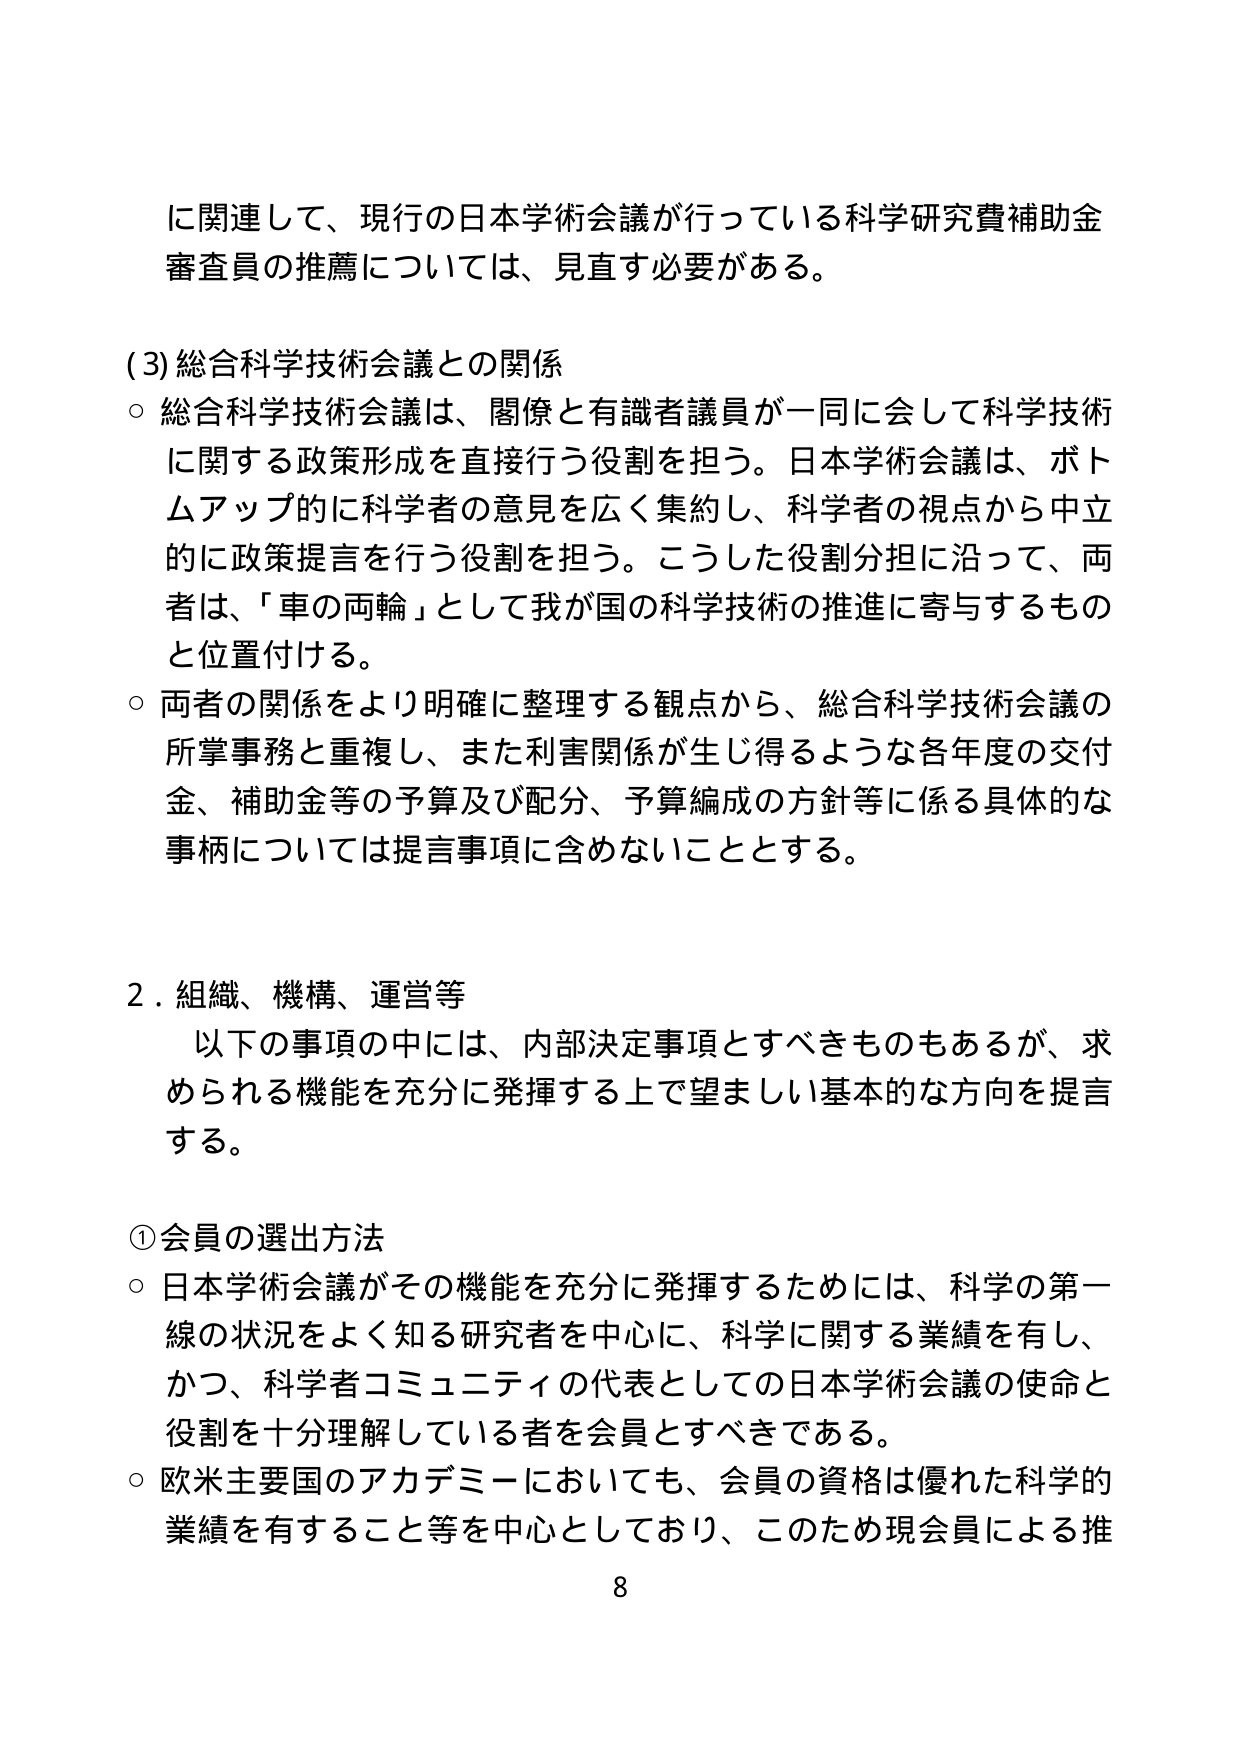
に関連して、現行の日本学術会議が行っている科学研究費補助金
審査員の推薦については、見直す必要がある。

(3) 総合科学技術会議との関係
○ 総合科学技術会議は、閣僚と有識者議員が一同に会して科学技術
に関する政策形成を直接行う役割を担う。日本学術会議は、ボト
ムアップ的に科学者の意見を広く集約し、科学者の視点から中立
的に政策提言を行う役割を担う。こうした役割分担に沿って、両
者は、「車の両輪」として我が国の科学技術の推進に寄与するもの
と位置付ける。
○ 両者の関係をより明確に整理する観点から、総合科学技術会議の
所掌事務と重複し、また利害関係が生じ得るような各年度の交付
金、補助金等の予算及び配分、予算編成の方針等に係る具体的な
事柄については提言事項に含めないこととする。

2．組織、機構、運営等
　以下の事項の中には、内部決定事項とすべきものもあるが、求
められる機能を充分に発揮する上で望ましい基本的な方向を提言
する。

① 会員の選出方法
○ 日本学術会議がその機能を充分に発揮するためには、科学の第一
線の状況をよく知る研究者を中心に、科学に関する業績を有し、
かつ、科学者コミュニティの代表としての日本学術会議の使命と
役割を十分理解している者を会員とすべきである。
○ 欧米主要国のアカデミーにおいても、会員の資格は優れた科学的
業績を有すること等を中心としており、このため現会員による推

8